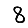
Digit: 8